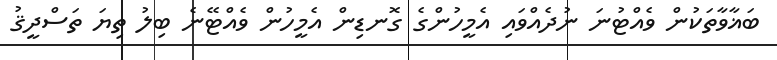
ބަޣާވާތަކުން ވެއްޓުނަ ނުދެއްވައި އެމީހުންގެ ގޮނޑިން އެމީހުން ވެއްޓޭނެ ބިލު ތިޔަ ތަސްދީޤު